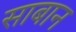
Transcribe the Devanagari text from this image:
साबान